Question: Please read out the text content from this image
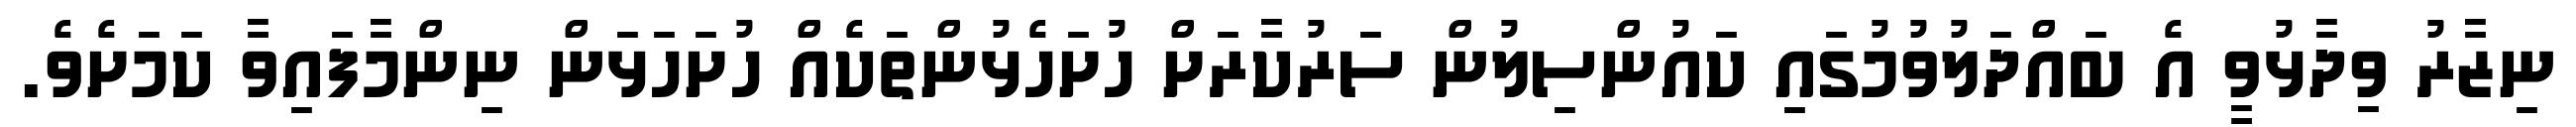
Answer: ނިޒާރު ވިދާޅުވީ އެ ބައްދަލުވުމުގައި ކައުންސިލުން ސަރުކާރަށް ހުށަހެޅުންތަކެއް ހުށަހަޅަން ނިންމާފައިވާ ކަމަށެވެ.